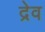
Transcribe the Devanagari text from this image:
द्रेव